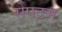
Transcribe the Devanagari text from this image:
सेपटम